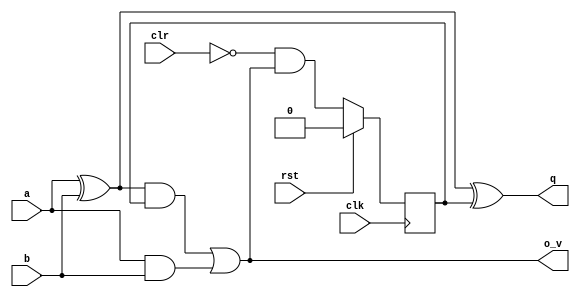
`default_nettype none
module ser_add
  (
   input wire  clk,
   input wire  rst,
   input wire  a,
   input wire  b,
   input wire  clr,
   output wire q,
   output wire o_v);

   reg 	       c_r;

   wire axorb = a^b;

   assign o_v = (axorb & c_r) | (a&b);

   assign q   = axorb ^ c_r;
   always @(posedge clk)
     if (rst)
       c_r <= 1'b0;
     else
       c_r <= !clr & o_v;

endmodule